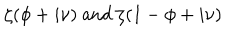
\zeta ( \phi + i \nu ) \mathrm { ~ a n d ~ } \zeta ( 1 - \phi + i \nu )